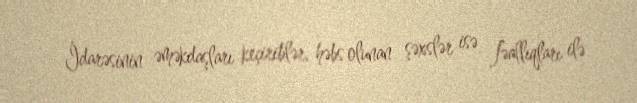
İdarəsinin əməkdaşları keçiriblər, həbs olunan şəxslər isə fəallıqları ilə